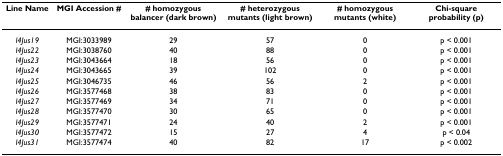
<table><thead><tr><td><b>Line Name</b></td><td><b>MGI Accession #</b></td><td><b># homozygous balancer (dark brown)</b></td><td><b># heterozygous mutants (light brown)</b></td><td><b># homozygous mutants (white)</b></td><td><b>Chi-square probability (p)</b></td></tr></thead><tbody><tr><td><i>l4Jus19</i></td><td>MGI:3033989</td><td>29</td><td>57</td><td>0</td><td>p &lt; 0.001</td></tr><tr><td><i>l4Jus22</i></td><td>MGI:3038760</td><td>40</td><td>88</td><td>0</td><td>p &lt; 0.001</td></tr><tr><td><i>l4Jus23</i></td><td>MGI:3043664</td><td>18</td><td>56</td><td>0</td><td>p &lt; 0.001</td></tr><tr><td><i>l4Jus24</i></td><td>MGI:3043665</td><td>39</td><td>102</td><td>0</td><td>p &lt; 0.001</td></tr><tr><td><i>l4Jus25</i></td><td>MGI:3046735</td><td>46</td><td>56</td><td>2</td><td>p &lt; 0.001</td></tr><tr><td><i>l4Jus26</i></td><td>MGI:3577468</td><td>38</td><td>83</td><td>0</td><td>p &lt; 0.001</td></tr><tr><td><i>l4Jus27</i></td><td>MGI:3577469</td><td>34</td><td>71</td><td>0</td><td>p &lt; 0.001</td></tr><tr><td><i>l4Jus28</i></td><td>MGI:3577470</td><td>30</td><td>65</td><td>0</td><td>p &lt; 0.001</td></tr><tr><td><i>l4Jus29</i></td><td>MGI:3577471</td><td>24</td><td>40</td><td>2</td><td>p &lt; 0.001</td></tr><tr><td><i>l4Jus30</i></td><td>MGI:3577472</td><td>15</td><td>27</td><td>4</td><td>p &lt; 0.04</td></tr><tr><td><i>l4Jus31</i></td><td>MGI:3577474</td><td>40</td><td>82</td><td>17</td><td>p &lt; 0.002</td></tr></tbody></table>